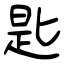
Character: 匙